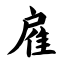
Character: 雇